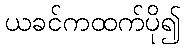
ယခင်ကထက်ပို၍